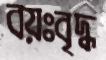
বয়ঃবৃদ্ধ